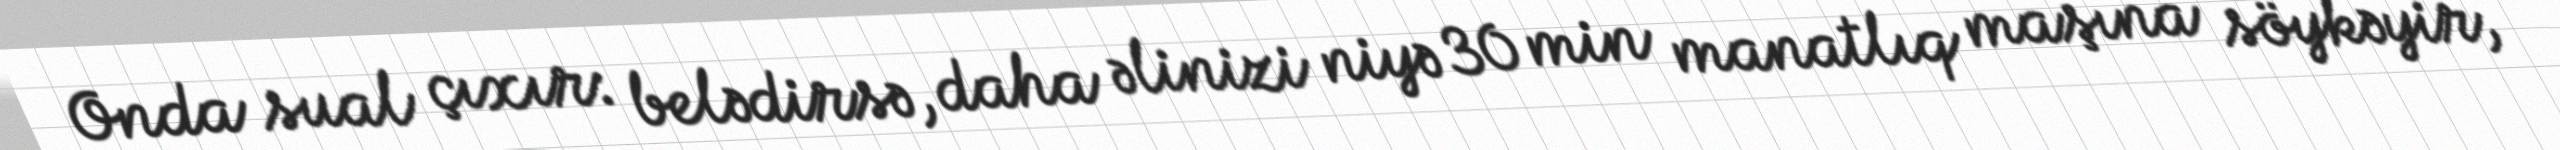
Onda sual çıxır: belədirsə, daha əlinizi niyə 30 min manatlıq maşına söykəyir,